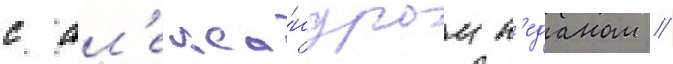
с ал'екса́ндром п'еданом //